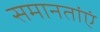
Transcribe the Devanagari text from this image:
समानतांएं